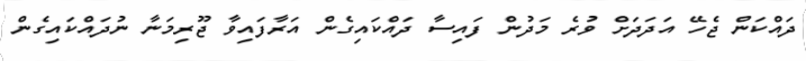
ދައްކަން ޖެހޭ އަދަދަށް ވުރެ މަދުން ފައިސާ ދައްކައިގެން އަރާފައިވާ ޖޫރިމަނާ ނުދައްކައިގެން